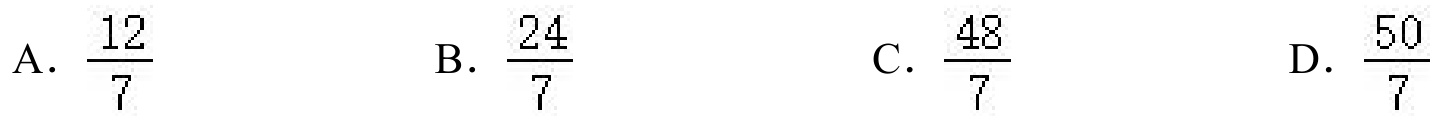
A. \(\dfrac{12}{7}\)
B. \(\dfrac{24}{7}\)
C. \(\dfrac{48}{7}\)
D. \(\dfrac{50}{7}\)